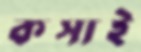
কসাই